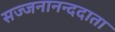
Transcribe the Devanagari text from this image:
सज्जनानन्ददाता